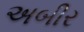
અબીર